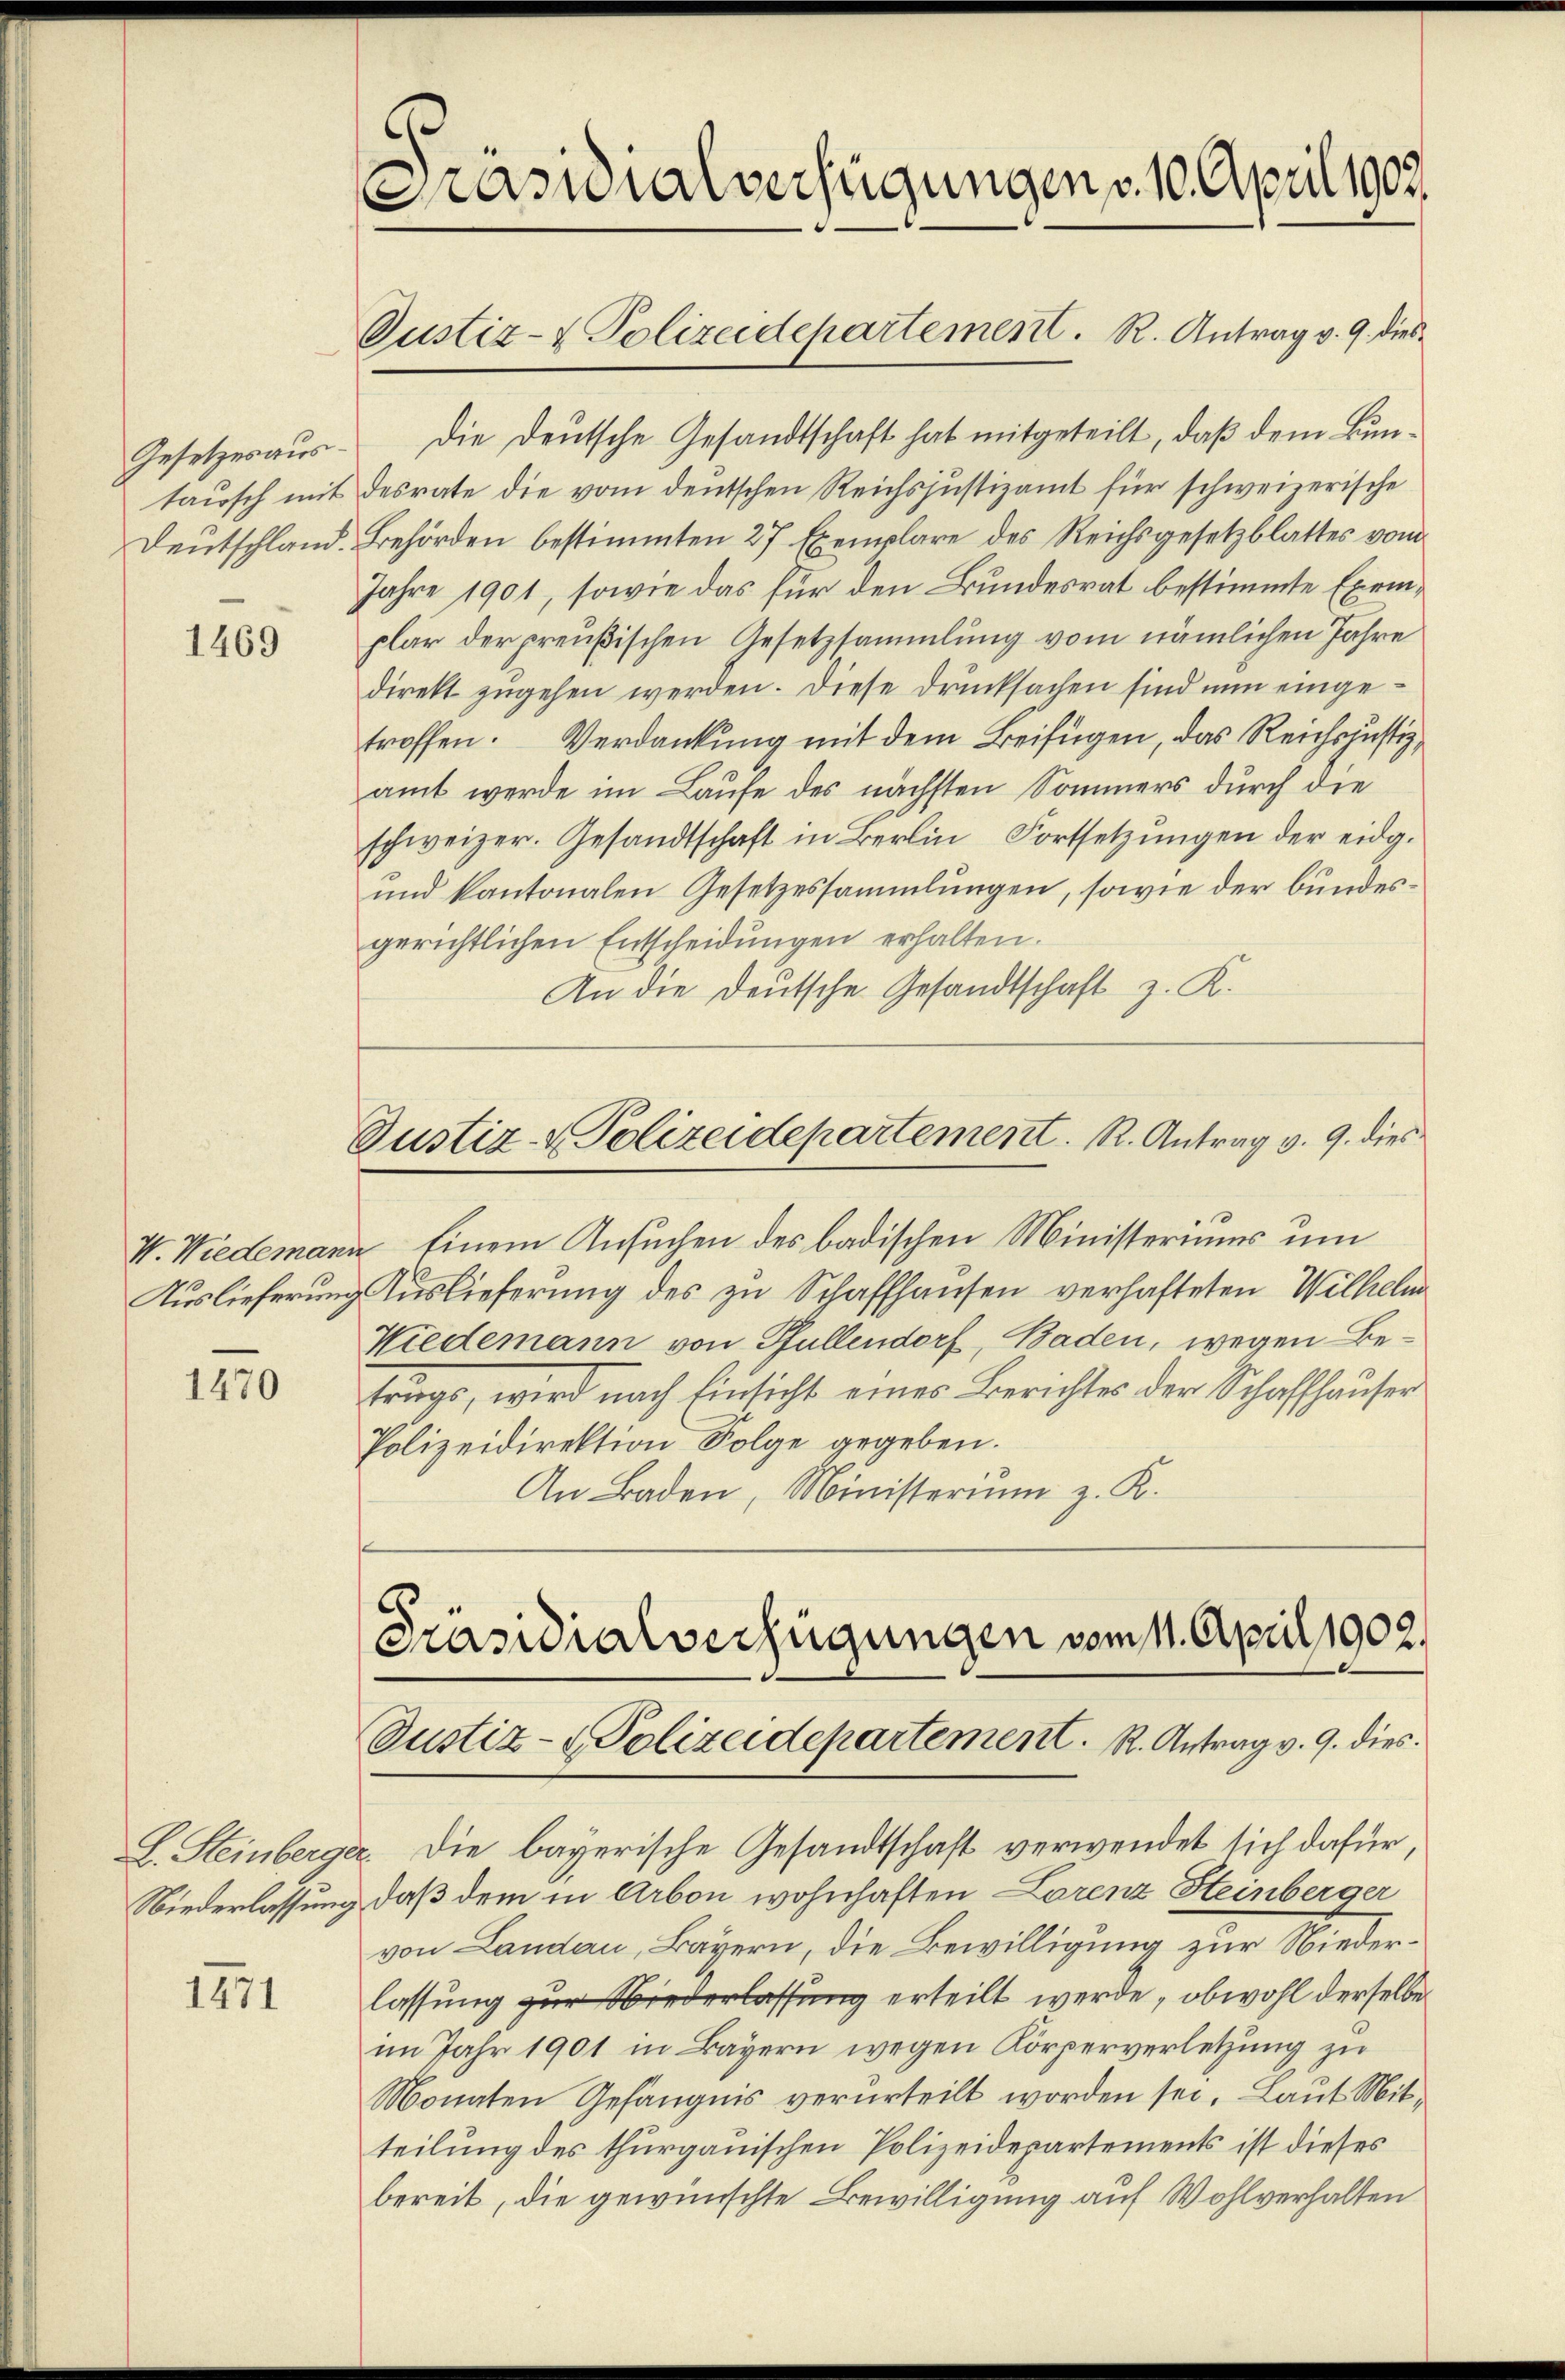
Gesetzesaustausch mit

1469

V. Wiedemann
Auslieferung

1470

1471

Präsidialverfügungen v. 10. April 1902.

Dustiz- & Polizeidepartement. R. Antrag v. 9. dies

Die Deutsche Gesandtschaft hat mitgeteilt, daß dem Bundesrate die vom deutschen Reichs justizamt für schweizerische
Deutschland. Behörden bestimmten 27 Exemplare des Reichsgesetzblattes vom
Jahre 1901, sowie das für den Bundesrat bestimmte Exemplar der preußischen Gesetzsammlung vom nämlichen Jahre
direkt zugehen werden. Diese Drucksachen sind nun eingetroffen. Verdankung mit dem Beifügen, das Reichsjustiz,
amt werde im Laufe des nächsten Sommers durch die
schweizer. Gesandtschaft in Berlin Fortsetzŭngen der eidg.
und kantonalen Gesetzessammlungen, sowie der bundesgerichtlichen Entscheidungen erhalten.
An die deutsche Gesandtschaft z. K.

Justiz- & Polizeidepartement. R. Antrag v. 9. dies

Einem Ansuchen des badischen Ministeriums um
Auslieferung des zu Schaffhausen verhafteten Wilhelm
Niedemann von Pfullendorf, Baden, wegen Betrugs, wird nach Einsicht eines Berichtes der Schaffhauser
Polizeidirektion Folge gegeben.
An Baden, Ministerium z. K.

Präsidialverfügungen vom 11. April 1902.
Justiz- & Polizeidepartement. R. Antrag v. 9. dies

L. Steinberger. Die bayerische Gesandtschaft verwendet sich dafür,
Niederlassung, daß dem in Arbon wohnhaften Lorenz Steinberger
von Landau, Bayern, die Bewilligung zur Niederlassung zur Wiederlassung erteilt werde, obwohl derselbe
im Jahr 1901 in Bayern wegen Körperverletzung zu
Monaten Gefängnis verurteilt worden sei. Laut Mitteilung des thurgauischen Polizeidepartements ist dieses
bereit, die gewünschte Bewilligung auf Wohlverhalten